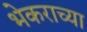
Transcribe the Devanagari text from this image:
भेकराच्या